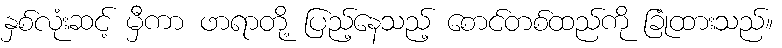
နှစ်လုံးဆင့် မှီကာ ဖာရာတို့ ပြည့်နေသည့် စောင်တစ်ထည်ကို ခြုံထားသည်။